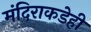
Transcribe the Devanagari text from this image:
मंदिराकडेही